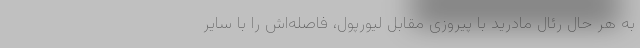
به هر حال رئال مادرید با پیروزی مقابل لیورپول، فاصله‌اش را با سایر